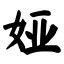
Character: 娅